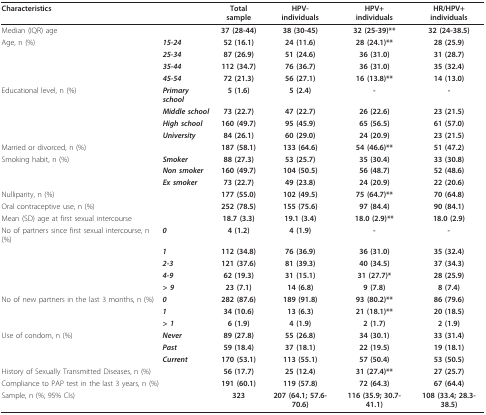
<table><thead><tr><td colspan="2"><b>Characteristics</b></td><td><b>Total sample</b></td><td><b>HPV-individuals</b></td><td><b>HPV+individuals</b></td><td><b>HR/HPV+ individuals</b></td></tr></thead><tbody><tr><td colspan="2">Median (IQR) age</td><td><b>37 (28-44)</b></td><td><b>38 (30-45)</b></td><td><b>32 (25-39)**</b></td><td><b>32 (24-38.5)</b></td></tr><tr><td>Age, n (%)</td><td><b><i>15-24</i></b></td><td><b>52 (16.1)</b></td><td><b>24 (11.6)</b></td><td><b>28 (24.1)**</b></td><td><b>28 (25.9)</b></td></tr><tr><td></td><td><b><i>25-34</i></b></td><td><b>87 (26.9)</b></td><td><b>51 (24.6)</b></td><td><b>36 (31.0)</b></td><td><b>31 (28.7)</b></td></tr><tr><td></td><td><b><i>35-44</i></b></td><td><b>112 (34.7)</b></td><td><b>76 (36.7)</b></td><td><b>36 (31.0)</b></td><td><b>35 (32.4)</b></td></tr><tr><td></td><td><b><i>45-54</i></b></td><td><b>72 (21.3)</b></td><td><b>56 (27.1)</b></td><td><b>16 (13.8)**</b></td><td><b>14 (13.0)</b></td></tr><tr><td>Educational level, n (%)</td><td><b><i>Primary school</i></b></td><td><b>5 (1.6)</b></td><td><b>5 (2.4)</b></td><td><b>-</b></td><td><b>-</b></td></tr><tr><td></td><td><b><i>Middle school</i></b></td><td><b>73 (22.7)</b></td><td><b>47 (22.7)</b></td><td><b>26 (22.6)</b></td><td><b>23 (21.5)</b></td></tr><tr><td></td><td><b><i>High school</i></b></td><td><b>160 (49.7)</b></td><td><b>95 (45.9)</b></td><td><b>65 (56.5)</b></td><td><b>61 (57.0)</b></td></tr><tr><td></td><td><b><i>University</i></b></td><td><b>84 (26.1)</b></td><td><b>60 (29.0)</b></td><td><b>24 (20.9)</b></td><td><b>23 (21.5)</b></td></tr><tr><td colspan="2">Married or divorced, n (%)</td><td><b>187 (58.1)</b></td><td><b>133 (64.6)</b></td><td><b>54 (46.6)**</b></td><td><b>51 (47.2)</b></td></tr><tr><td>Smoking habit, n (%)</td><td><b><i>Smoker</i></b></td><td><b>88 (27.3)</b></td><td><b>53 (25.7)</b></td><td><b>35 (30.4)</b></td><td><b>33 (30.8)</b></td></tr><tr><td></td><td><b><i>Non smoker</i></b></td><td><b>160 (49.7)</b></td><td><b>104 (50.5)</b></td><td><b>56 (48.7)</b></td><td><b>52 (48.6)</b></td></tr><tr><td></td><td><b><i>Ex smoker</i></b></td><td><b>73 (22.7)</b></td><td><b>49 (23.8)</b></td><td><b>24 (20.9)</b></td><td><b>22 (20.6)</b></td></tr><tr><td colspan="2">Nulliparity, n (%)</td><td><b>177 (55.0)</b></td><td><b>102 (49.5)</b></td><td><b>75 (64.7)**</b></td><td><b>70 (64.8)</b></td></tr><tr><td colspan="2">Oral contraceptive use, n (%)</td><td><b>252 (78.5)</b></td><td><b>155 (75.6)</b></td><td><b>97 (84.4)</b></td><td><b>90 (84.1)</b></td></tr><tr><td colspan="2">Mean (SD) age at first sexual intercourse</td><td><b>18.7 (3.3)</b></td><td><b>19.1 (3.4)</b></td><td><b>18.0 (2.9)**</b></td><td><b>18.0 (2.9)</b></td></tr><tr><td>No of partners since first sexual intercourse, n (%)</td><td><b><i>0</i></b></td><td><b>4 (1.2)</b></td><td><b>4 (1.9)</b></td><td><b>-</b></td><td><b>-</b></td></tr><tr><td></td><td><b><i>1</i></b></td><td><b>112 (34.8)</b></td><td><b>76 (36.9)</b></td><td><b>36 (31.0)</b></td><td><b>35 (32.4)</b></td></tr><tr><td></td><td><b><i>2-3</i></b></td><td><b>121 (37.6)</b></td><td><b>81 (39.3)</b></td><td><b>40 (34.5)</b></td><td><b>37 (34.3)</b></td></tr><tr><td></td><td><b><i>4-9</i></b></td><td><b>62 (19.3)</b></td><td><b>31 (15.1)</b></td><td><b>31 (27.7)*</b></td><td><b>28 (25.9)</b></td></tr><tr><td></td><td><b><i>&gt; 9</i></b></td><td><b>23 (7.1)</b></td><td><b>14 (6.8)</b></td><td><b>9 (7.8)</b></td><td><b>8 (7.4)</b></td></tr><tr><td>No of new partners in the last 3 months, n (%)</td><td><b><i>0</i></b></td><td><b>282 (87.6)</b></td><td><b>189 (91.8)</b></td><td><b>93 (80.2)**</b></td><td><b>86 (79.6)</b></td></tr><tr><td></td><td><b><i>1</i></b></td><td><b>34 (10.6)</b></td><td><b>13 (6.3)</b></td><td><b>21 (18.1)**</b></td><td><b>20 (18.5)</b></td></tr><tr><td></td><td><b><i>&gt; 1</i></b></td><td><b>6 (1.9)</b></td><td><b>4 (1.9)</b></td><td><b>2 (1.7)</b></td><td><b>2 (1.9)</b></td></tr><tr><td>Use of condom, n (%)</td><td><b><i>Never </i></b></td><td><b>89 (27.8)</b></td><td><b>55 (26.8)</b></td><td><b>34 (30.1)</b></td><td><b>33 (31.4)</b></td></tr><tr><td></td><td><b><i>Past </i></b></td><td><b>59 (18.4)</b></td><td><b>37 (18.1)</b></td><td><b>22 (19.5)</b></td><td><b>19 (18.1)</b></td></tr><tr><td></td><td><b><i>Current</i></b></td><td><b>170 (53.1)</b></td><td><b>113 (55.1)</b></td><td><b>57 (50.4)</b></td><td><b>53 (50.5)</b></td></tr><tr><td colspan="2">History of Sexually Transmitted Diseases, n (%)</td><td><b>56 (17.7)</b></td><td><b>25 (12.4)</b></td><td><b>31 (27.4)**</b></td><td><b>27 (25.7)</b></td></tr><tr><td colspan="2">Compliance to PAP test in the last 3 years, n (%)</td><td><b>191 (60.1)</b></td><td><b>119 (57.8)</b></td><td><b>72 (64.3)</b></td><td><b>67 (64.4)</b></td></tr><tr><td colspan="2">Sample, n (%; 95% CIs)</td><td><b>323</b></td><td><b>207 (64.1; 57.6-70.6)</b></td><td><b>116 (35.9; 30.7-41.1)</b></td><td><b>108 (33.4; 28.3-38.5)</b></td></tr></tbody></table>